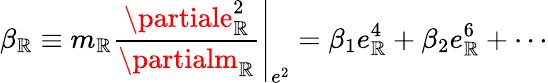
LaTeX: \beta_{\mathbb{R}}\equiv\left.m_{\mathbb{R}}\frac{{\partiale_{\mathbb{R}}^{2}}}{{\partialm_{\mathbb{R}}}}\right|_{e^{2}}=\beta_{1}e_{\mathbb{R}}^{4}+\beta_{2}e_{\mathbb{R}}^{6}+\cdots